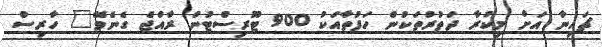
ޗައިނާ އަށް މިކުރާ ދަތުރުތަކުން ހަފުތާއަކު 900 ޓޫރިސްޓުން ރާއްޖެ ގެނެވޭ" ހާރިސް